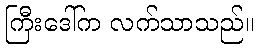
ကြီးဒေါ်က လက်သာသည်။